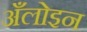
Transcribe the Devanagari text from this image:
अँलोइन